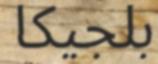
بلجيكا